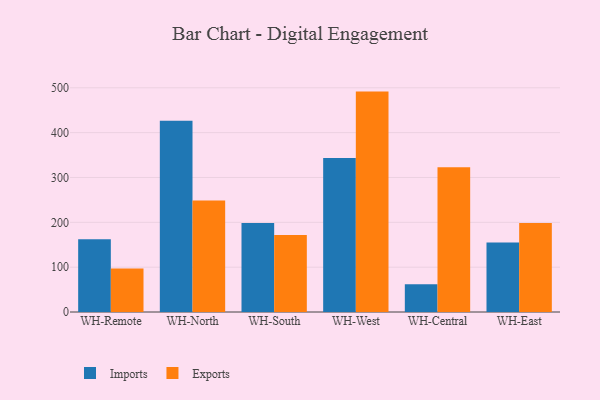
{"axis": {"x": "Warehouse", "y": "Page Views"}, "legend": ["Exports", "Imports"], "data": [{"x": "WH-Remote", "y": 162.0, "type": "Imports"}, {"x": "WH-Remote", "y": 96.9, "type": "Exports"}, {"x": "WH-North", "y": 426.7, "type": "Imports"}, {"x": "WH-North", "y": 248.5, "type": "Exports"}, {"x": "WH-South", "y": 198.6, "type": "Imports"}, {"x": "WH-South", "y": 171.8, "type": "Exports"}, {"x": "WH-West", "y": 343.5, "type": "Imports"}, {"x": "WH-West", "y": 491.5, "type": "Exports"}, {"x": "WH-Central", "y": 62.1, "type": "Imports"}, {"x": "WH-Central", "y": 322.9, "type": "Exports"}, {"x": "WH-East", "y": 155.1, "type": "Imports"}, {"x": "WH-East", "y": 198.5, "type": "Exports"}]}